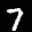
Label: 7